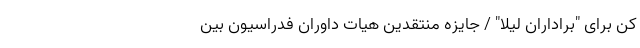
کن برای "براداران لیلا" / جایزه منتقدین هیات داوران فدراسیون بین‌